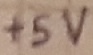
Text: +5V